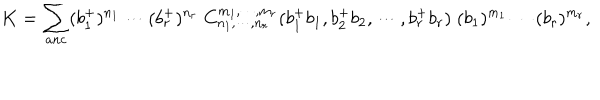
K = \sum _ { a n c } ( b _ { 1 } ^ { + } ) ^ { n _ { 1 } } \cdots ( b _ { r } ^ { + } ) ^ { n _ { r } } \; C _ { n _ { 1 } , \cdots , n _ { r } } ^ { m _ { 1 } , \cdots , m _ { r } } ( b _ { 1 } ^ { + } b _ { 1 } , b _ { 2 } ^ { + } b _ { 2 } , \cdots , b _ { r } ^ { + } b _ { r } ) \; ( b _ { 1 } ) ^ { m _ { 1 } } \cdots ( b _ { r } ) ^ { m _ { r } } ,